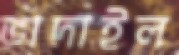
ভাদাইল